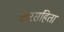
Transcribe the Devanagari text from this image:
करसंहिता